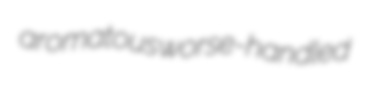
aromatous worse-handled